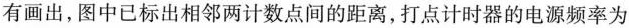
有画出，图中已标出相邻两计数点间的距离，打点计时器的电源频率为